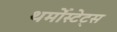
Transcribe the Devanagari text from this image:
थर्मोस्टेट्स